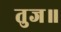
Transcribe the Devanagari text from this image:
तुज॥